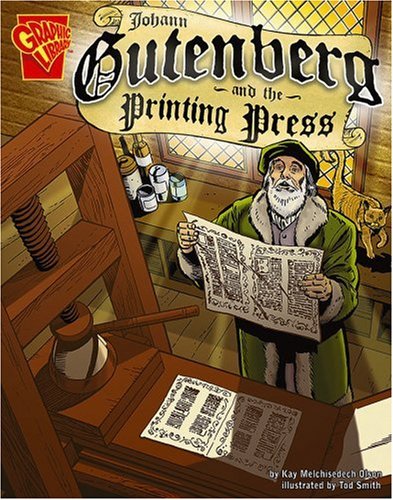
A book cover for Johann Gutenberg and the Printing Press (Graphic Library); Kay Melchisedech Olson; Children's Books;